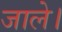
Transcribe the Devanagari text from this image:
जाले।